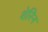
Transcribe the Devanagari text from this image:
शेरिन